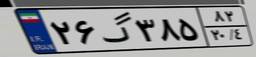
۲۶گ۳۸۵۸۲